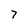
Character: 7